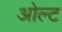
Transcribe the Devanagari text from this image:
ओल्ट